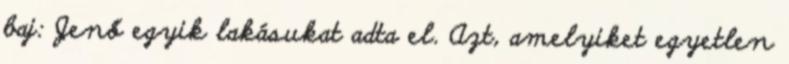
baj: Jenő egyik lakásukat adta el. Azt, amelyiket egyetlen